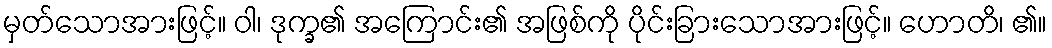
မှတ်သောအားဖြင့်။ ဝါ၊ ဒုက္ခ၏ အကြောင်း၏ အဖြစ်ကို ပိုင်းခြားသောအားဖြင့်။ ဟောတိ၊ ၏။